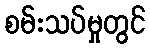
စမ်းသပ်မှုတွင်